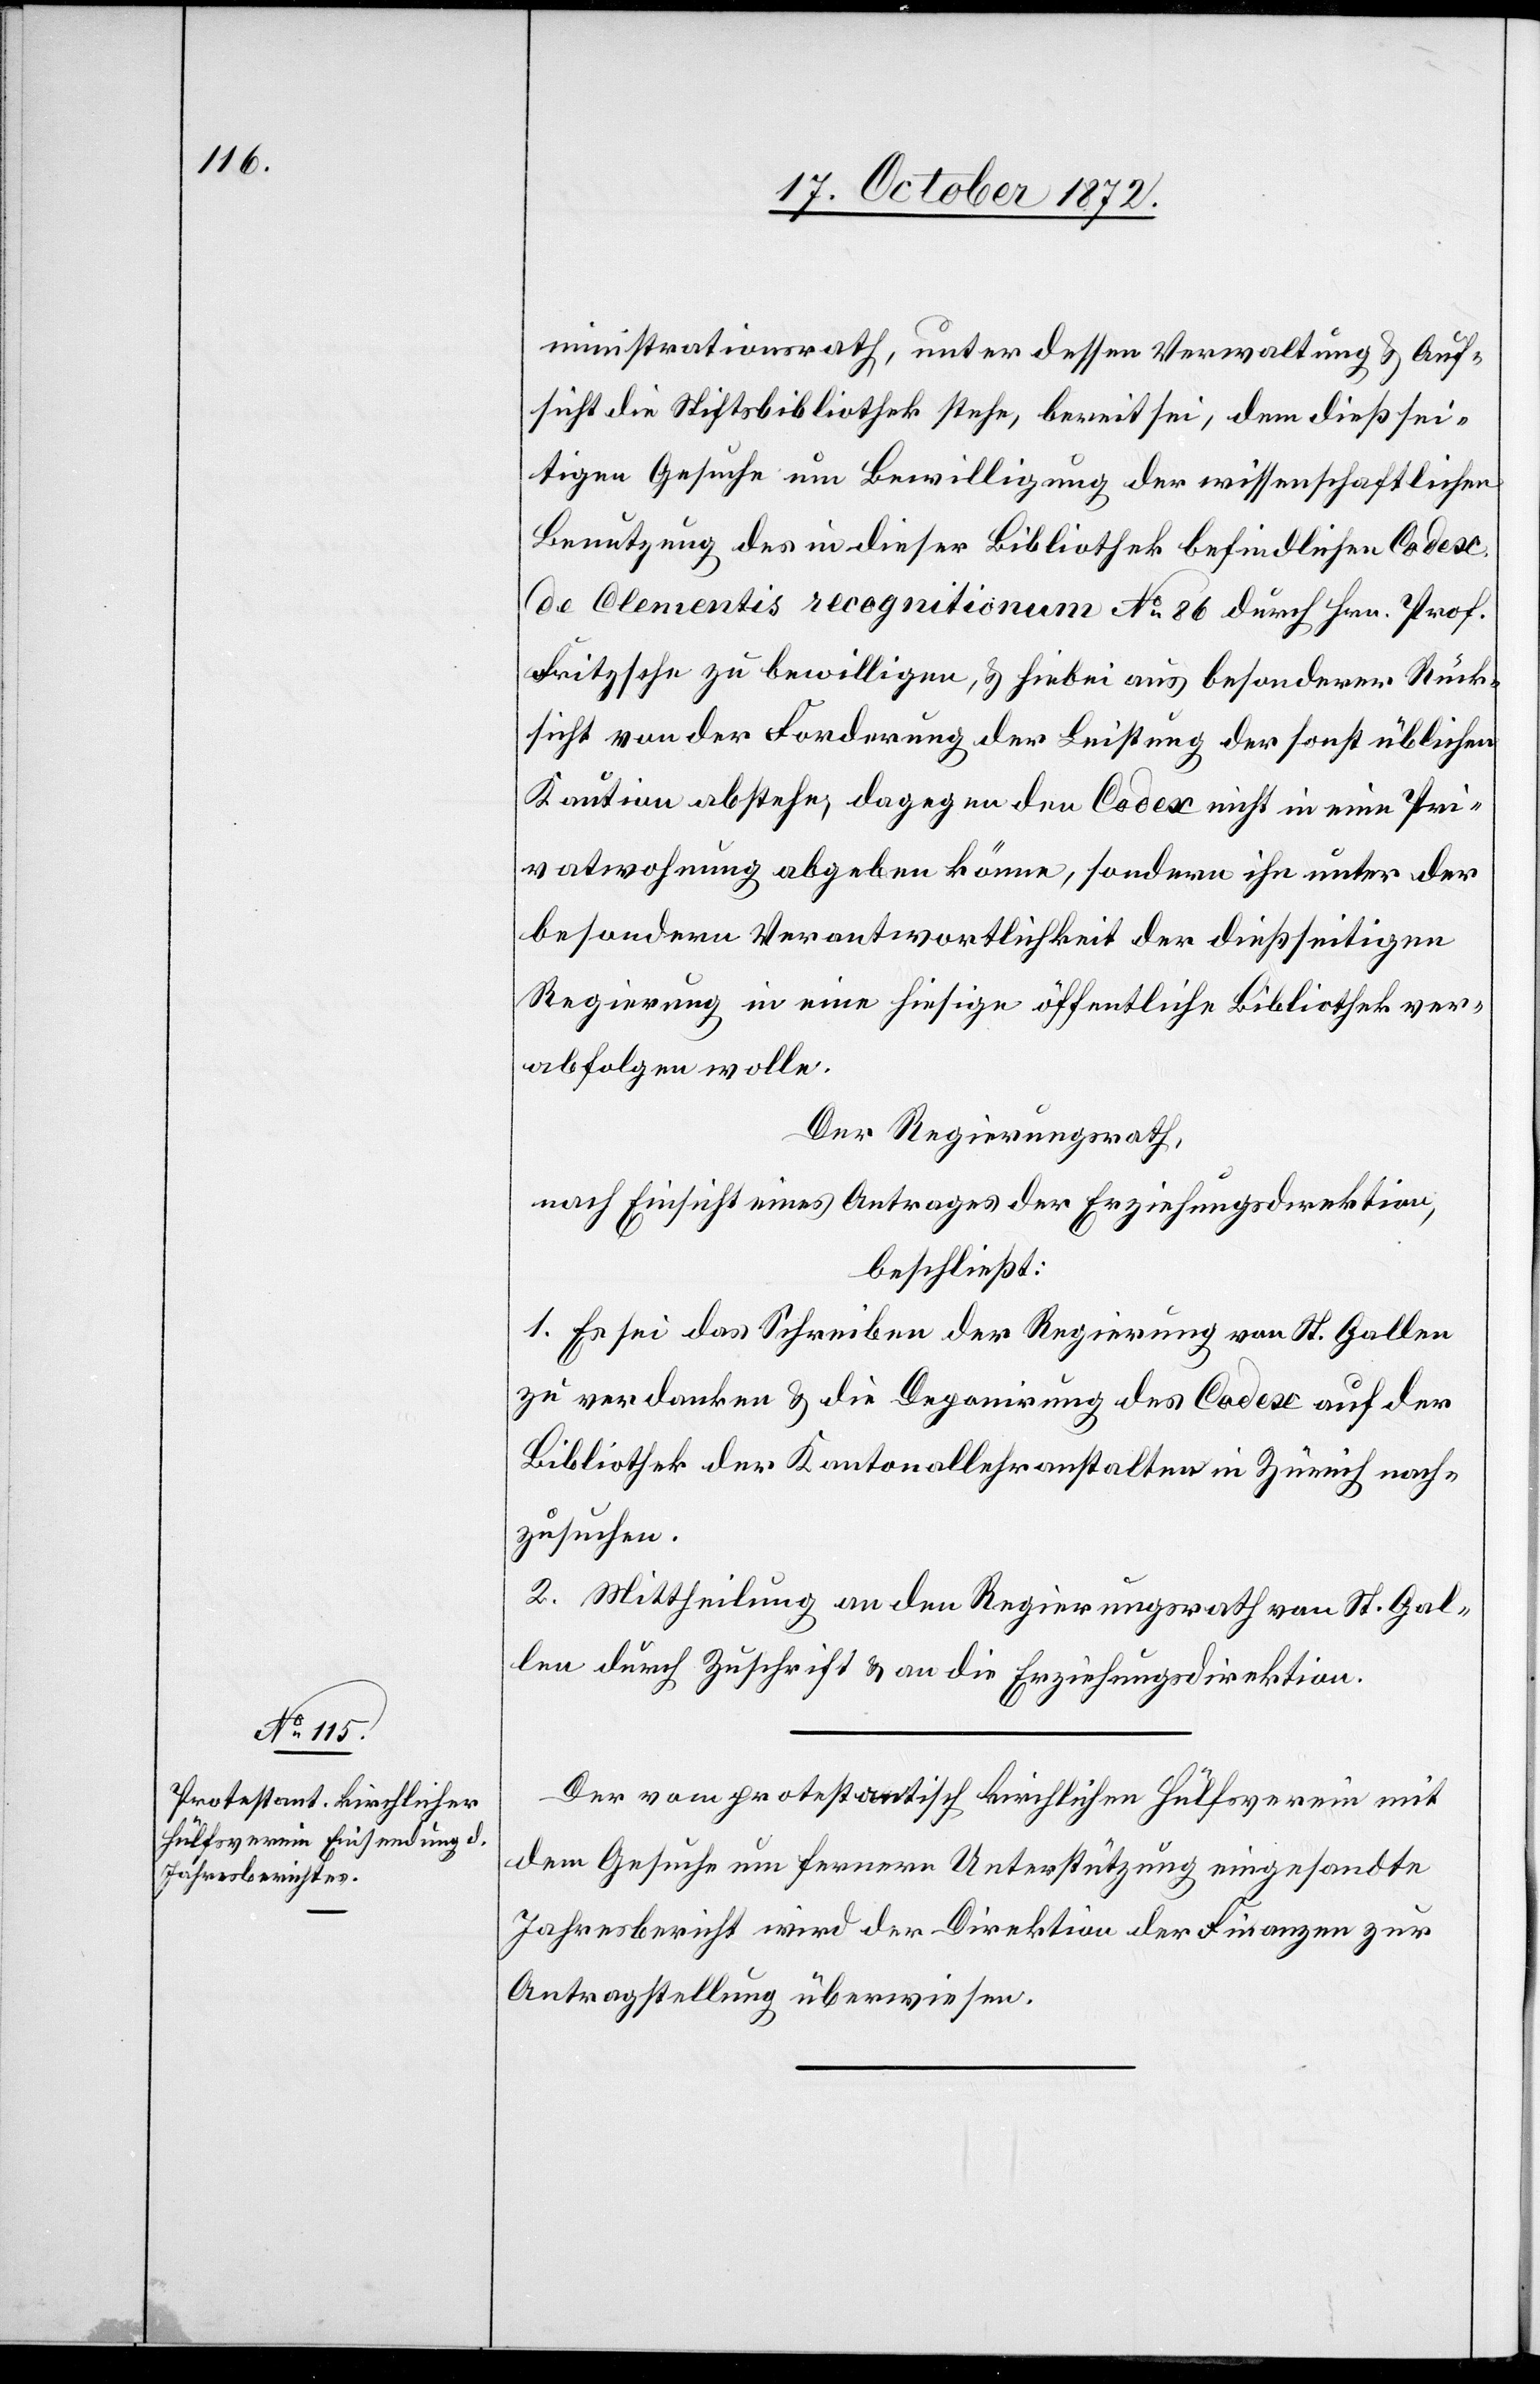
17. October 1872.]
ministrationsrath, unter dessen Verwaltung u. Auf¬
sicht die Stiftsbibliothek stehe, bereit sei, dem dießsei¬
tigen Gesuche um Bewilligung der wissenschaftlichen
Benutzung des in dieser Bibliothek befindlichen Codex
de Clementis recognitionum No 86 durch Hrn. Prof.
Fritzsche zu bewilligen, u. hiebei aus besonderer Rück¬
sicht von der Forderung der Leistung der sonst üblichen
Kaution abstehe, dagegen den Codex nicht in eine Pri¬
vatwohnung abgeben könne, sondern ihn unter der
besondern Verantwortlichkeit der dießseitigen
Regierung in eine hiesige öffentliche Bibliothek ver¬
abfolgen wolle.
Der Regierungsrath,
nach Einsicht eines Antrages der Erziehungsdirektion,
beschließt:
1. Es sei das Schreiben der Regierung von St. Gallen
zu verdanken u. die Deponirung des Codex auf der
Bibliothek der Kantonallehranstalten in Zürich nach¬
zusuchen.
2. Mittheilung an den Regierungsrath von St. Gal¬
len durch Zuschrift u. an die Erziehungsdirektion.
Der vom protestantisch kirchlichen Hülfsverein mit
dem Gesuch um fernere Unterstützung eingesandte
Jahresbericht wird der Direktion der Finanzen zur
Antragstellung überwiesen.